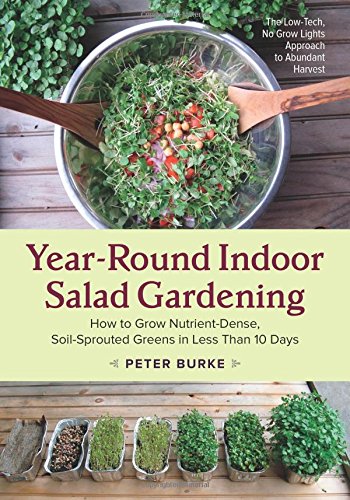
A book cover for Year-Round Indoor Salad Gardening: How to Grow Nutrient-Dense, Soil-Sprouted Greens in Less Than 10 days; Peter Burke; Cookbooks, Food & Wine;